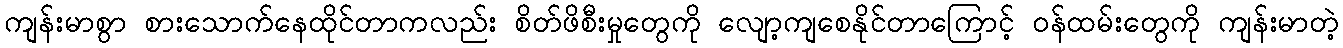
ကျန်းမာစွာ စားသောက်နေထိုင်တာကလည်း စိတ်ဖိစီးမှုတွေကို လျော့ကျစေနိုင်တာကြောင့် ဝန်ထမ်းတွေကို ကျန်းမာတဲ့